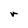
Character: r